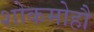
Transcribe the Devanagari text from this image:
शोकमोहौ